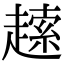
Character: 䞽